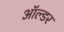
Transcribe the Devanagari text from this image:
ऑल्‍डर